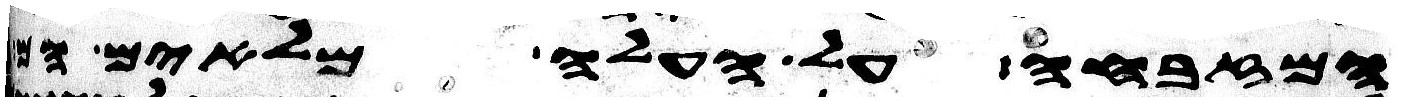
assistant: המזבחה על העלה מלאים הם